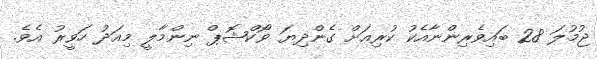
ޖުމުލަ 28 ބައިވެރިންނާއެކު ކުރިއަށް ގެންދިޔަ ވޯކްޝޮޕް ނިންމާލީ މިއަދު ހަވީރު އެވެ.